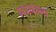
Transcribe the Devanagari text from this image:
मध्यत्ल्य